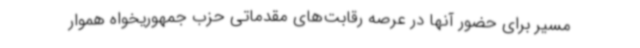
مسیر برای حضور آنها در عرصه رقابت‌های مقدماتی حزب جمهوریخواه هموار